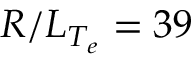
R / L _ { T _ { e } } = 3 9